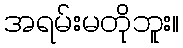
အရမ်းမတိုဘူး။